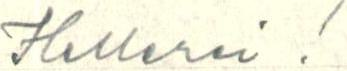
Hellerei !